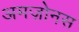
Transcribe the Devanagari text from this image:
अमज़ोनस